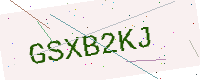
Text: GSXB2KJ